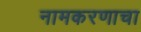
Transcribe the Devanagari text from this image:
नामकरणाचा